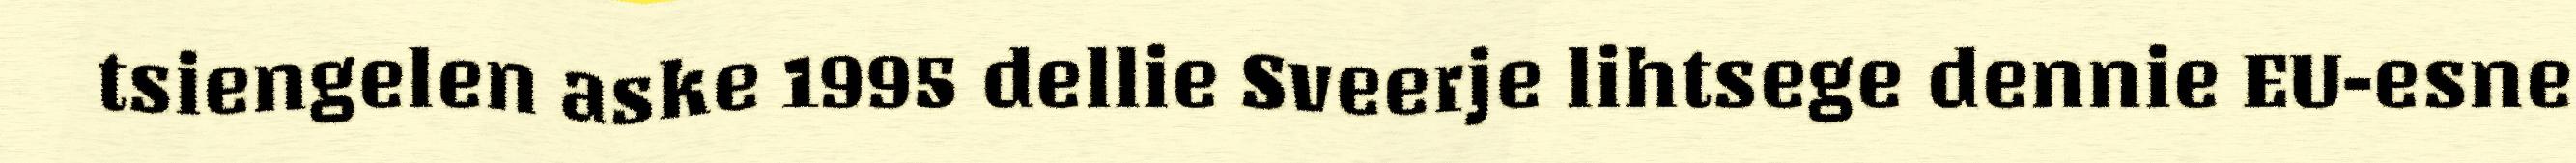
tsiengelen aske 1995 dellie Sveerje lihtsege dennie EU-esne